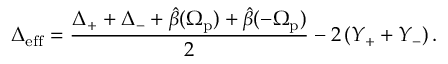
\Delta _ { \mathrm { e f f } } = \frac { \Delta _ { + } + \Delta _ { - } + \hat { \beta } ( \Omega _ { \mathrm { p } } ) + \hat { \beta } ( - \Omega _ { \mathrm { p } } ) } { 2 } - 2 \left( Y _ { + } + Y _ { - } \right) .